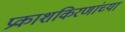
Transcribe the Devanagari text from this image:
प्रकाशकिरणांच्या